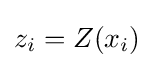
z_{i}=Z(x_{i})